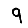
Digit: 9